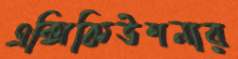
এক্সিকিউশনার